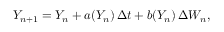
\, Y _ { n + 1 } = Y _ { n } + a ( Y _ { n } ) \, \Delta t + b ( Y _ { n } ) \, \Delta W _ { n } ,